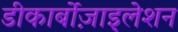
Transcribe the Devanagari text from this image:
डीकार्बोज़ाइलेशन